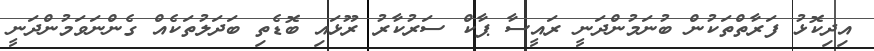
އިދިކޮޅު ފަރާތްތަކުން ބުނަމުންދަނީ ރައީސާ ޕާކް ސަރުކާރު ރޫޅައި ބޮޑެތި ބަދަލުތަކެއް ގެންނަވަމުންދަނީ